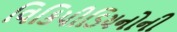
વિકિપીડિયનોની